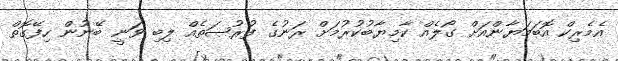
އެމެރިކް އޮބަމަޔާންއަށް ގޯލެއް ކާމިޔާބުކުރުމަށް ރަނުގެ ފުރުޞަތެއް ލިބި ވަނީ ބޭނުން ހިފޭގޮތް